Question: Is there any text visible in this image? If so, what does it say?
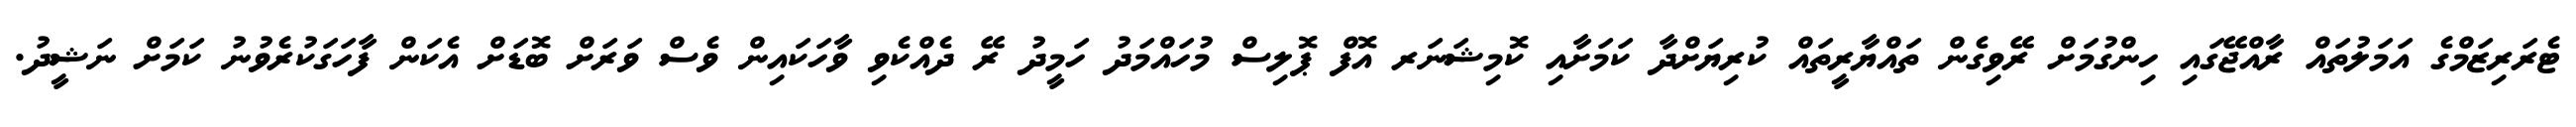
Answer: ޓެރަރިޒަމްގެ އަމަލުތައް ރާއްޖޭގައި ހިންގުމަށް ރޭވިގެން ތައްޔާރީތައް ކުރިޔަށްދާ ކަމަށާއި ކޮމިޝަނަރ އޮފް ޕޮލިސް މުހައްމަދު ހަމީދު ރޭ ދެއްކެވި ވާހަކައިން ވެސް ވަރަށް ބޮޑަށް އެކަން ފާހަގަކުރެވުނު ކަމަށް ނަޝީދު.